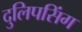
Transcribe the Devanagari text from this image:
दुलिपसिंग